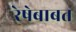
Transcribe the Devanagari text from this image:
रेषेबाबत